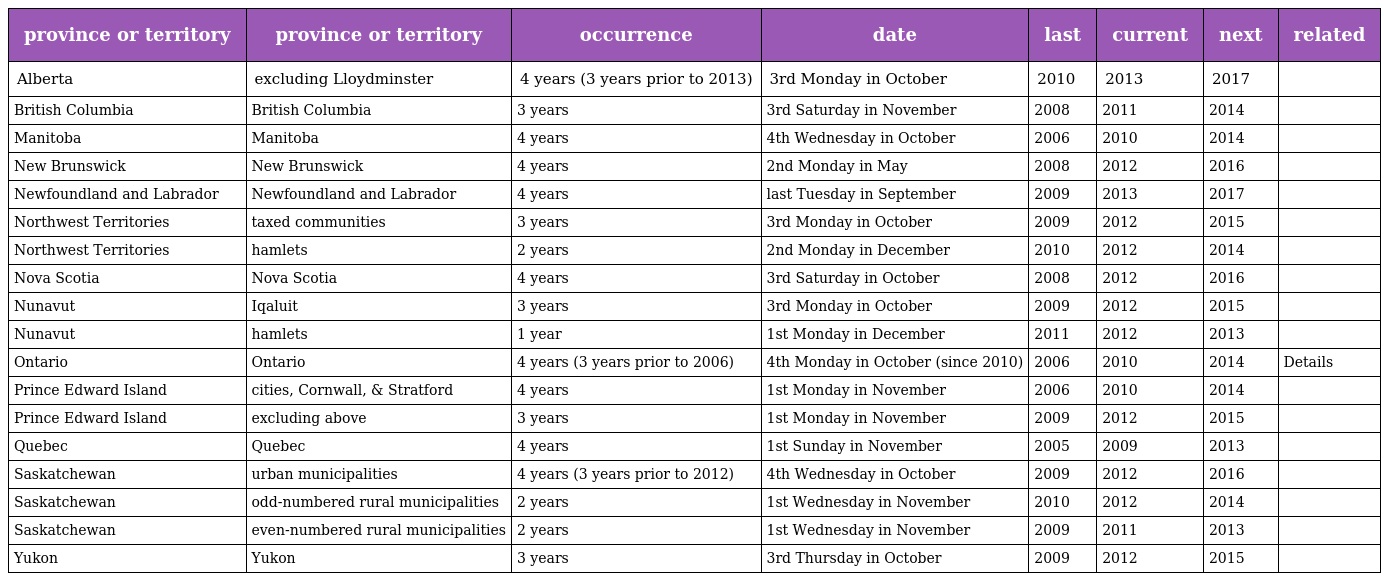
| province or territory | province or territory | occurrence | date | last | current | next | related |
 | --- | --- | --- | --- | --- | --- | --- | --- |
 | Alberta | excluding Lloydminster | 4 years (3 years prior to 2013) | 3rd Monday in October | 2010 | 2013 | 2017 |  |
 | British Columbia | British Columbia | 3 years | 3rd Saturday in November | 2008 | 2011 | 2014 |  |
 | Manitoba | Manitoba | 4 years | 4th Wednesday in October | 2006 | 2010 | 2014 |  |
 | New Brunswick | New Brunswick | 4 years | 2nd Monday in May | 2008 | 2012 | 2016 |  |
 | Newfoundland and Labrador | Newfoundland and Labrador | 4 years | last Tuesday in September | 2009 | 2013 | 2017 |  |
 | Northwest Territories | taxed communities | 3 years | 3rd Monday in October | 2009 | 2012 | 2015 |  |
 | Northwest Territories | hamlets | 2 years | 2nd Monday in December | 2010 | 2012 | 2014 |  |
 | Nova Scotia | Nova Scotia | 4 years | 3rd Saturday in October | 2008 | 2012 | 2016 |  |
 | Nunavut | Iqaluit | 3 years | 3rd Monday in October | 2009 | 2012 | 2015 |  |
 | Nunavut | hamlets | 1 year | 1st Monday in December | 2011 | 2012 | 2013 |  |
 | Ontario | Ontario | 4 years (3 years prior to 2006) | 4th Monday in October (since 2010) | 2006 | 2010 | 2014 | Details |
 | Prince Edward Island | cities, Cornwall, & Stratford | 4 years | 1st Monday in November | 2006 | 2010 | 2014 |  |
 | Prince Edward Island | excluding above | 3 years | 1st Monday in November | 2009 | 2012 | 2015 |  |
 | Quebec | Quebec | 4 years | 1st Sunday in November | 2005 | 2009 | 2013 |  |
 | Saskatchewan | urban municipalities | 4 years (3 years prior to 2012) | 4th Wednesday in October | 2009 | 2012 | 2016 |  |
 | Saskatchewan | odd-numbered rural municipalities | 2 years | 1st Wednesday in November | 2010 | 2012 | 2014 |  |
 | Saskatchewan | even-numbered rural municipalities | 2 years | 1st Wednesday in November | 2009 | 2011 | 2013 |  |
 | Yukon | Yukon | 3 years | 3rd Thursday in October | 2009 | 2012 | 2015 |  |